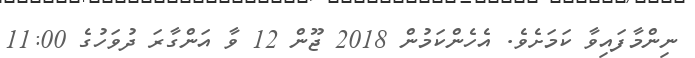
ނިންމާފައިވާ ކަމަށެވެ. އެހެންކަމުން 2018 ޖޫން 12 ވާ އަންގާރަ ދުވަހުގެ 11:00